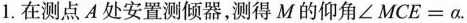
1.在测点A处安置测倾器，测得M的仰角∠MCE=α.